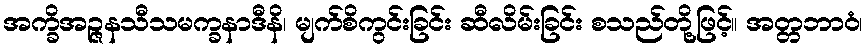
အက္ခိအဉ္ဇနသီသမက္ခနာဒီနိ၊ မျက်စိကွင်းခြင်း ဆီလိမ်းခြင်း စသည်တို့ဖြင့်။ အတ္တဘာဝံ၊